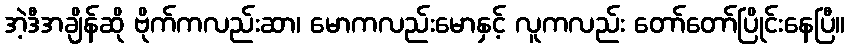
အဲ့ဒီအချိန်ဆို ဗိုက်ကလည်းဆာ၊ မောကလည်းမောနှင့် လူကလည်း တော်တော်ပြိုင်းနေပြီ။